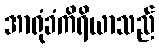
အာရုံခံကိရိယာသည်